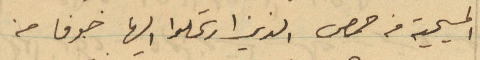
المسيحية من حمص الذين ارتحلوا اليها خوفا من